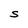
Character: S